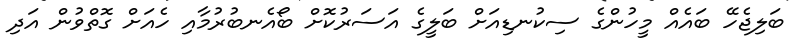
ބަލިޖެހޭ ބައެއް މީހުންގެ ސިކުނޑިއަށް ބަލީގެ އަސަރުކޮށް ބޯއެނބުރުމާއި ހެއަށް ގޮތްވުން އަދި